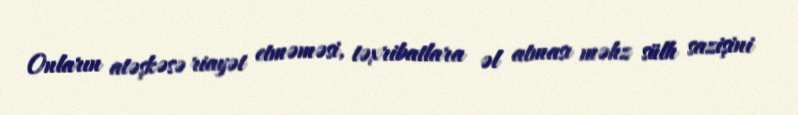
Onların atəşkəsə riayət etməməsi, təxribatlara əl atması məhz sülh sazişini